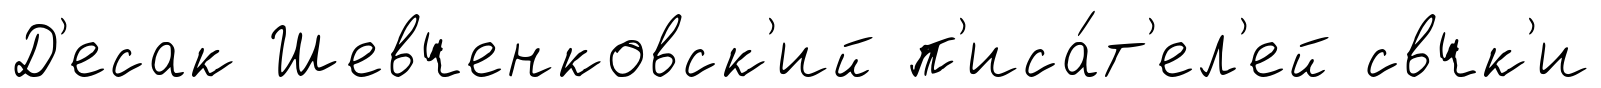
Д'есак Шевченковск'ий п'иса́т'ел'ей свчк'и